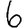
Digit: 6